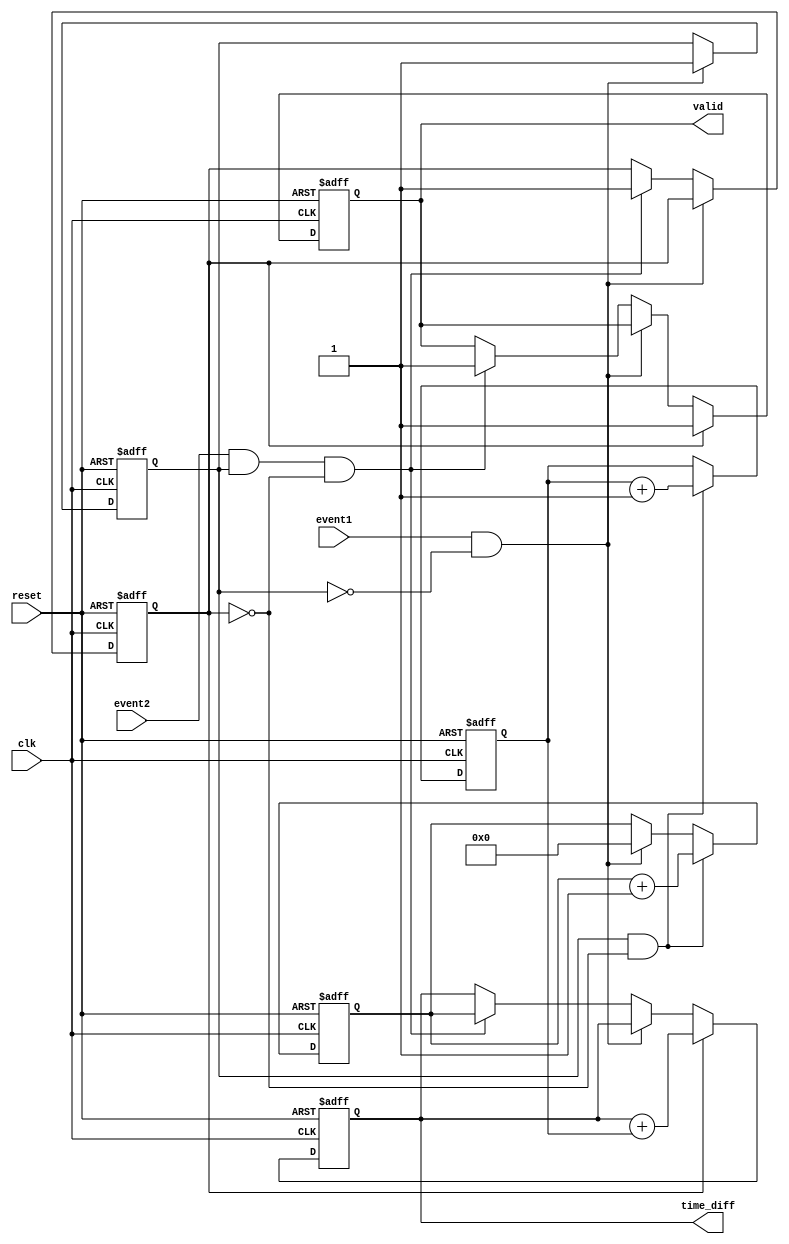
module TDC (
    input wire clk,                // High-frequency clock signal
    input wire reset,              // Reset signal
    input wire event1,             // First event input
    input wire event2,             // Second event input
    output reg [31:0] time_diff,   // Output time difference
    output reg valid               // Output valid signal
);

    // Coarse counter
    reg [31:0] coarse_count;       // Coarse counter
    reg event1_detected;           // Flag for event1 detection
    reg event2_detected;           // Flag for event2 detection
    reg [31:0] fine_count;          // Fine resolution counter
    reg [31:0] fine_resolution;     // Fine resolution measurement
    reg [31:0] delay_line [0:15];   // Delay line for interpolation (16 samples)
    integer i;

    // Event detection logic
    always @(posedge clk or posedge reset) begin
        if (reset) begin
            coarse_count <= 0;
            fine_count <= 0;
            event1_detected <= 0;
            event2_detected <= 0;
            valid <= 0;
            time_diff <= 0;
        end else begin
            // Coarse counting
            if (event1 && !event1_detected) begin
                event1_detected <= 1;
                coarse_count <= 0; // Reset coarse count on event1
            end else if (event2 && event1_detected && !event2_detected) begin
                event2_detected <= 1;
                // Capture coarse count
                time_diff <= coarse_count;
                valid <= 1; // Mark output as valid
            end
            
            // Increment coarse counter
            if (event1_detected && !event2_detected) begin
                coarse_count <= coarse_count + 1;
            end
            
            // Fine resolution measurement
            if (event1_detected && !event2_detected) begin
                // Sample delay line for fine resolution
                for (i = 0; i < 16; i = i + 1) begin
                    delay_line[i] <= fine_count; // Capture fine count in delay line
                end
                fine_count <= fine_count + 1; // Increment fine count
            end
            
            // Finalize time difference on event2 detection
            if (event2_detected) begin
                // Combine coarse and fine measurements (simple example)
                fine_resolution = fine_count; // Assume fine_count is the fine resolution
                time_diff <= time_diff + fine_resolution; // Combine coarse and fine
                valid <= 1; // Mark output as valid
            end
        end
    end

endmodule